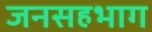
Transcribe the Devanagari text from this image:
जनसहभाग